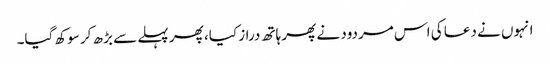
انہوں نے دعا کی اس مردود نے پھر ہاتھ دراز کیا، پھر پہلے سے بڑھ کر سوکھ گیا۔